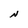
Character: N